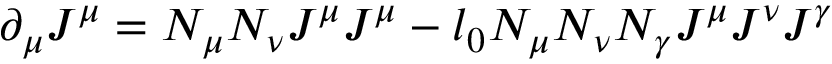
\partial _ { \mu } J ^ { \mu } = N _ { \mu } N _ { \nu } J ^ { \mu } J ^ { \mu } - l _ { 0 } N _ { \mu } N _ { \nu } N _ { \gamma } J ^ { \mu } J ^ { \nu } J ^ { \gamma }